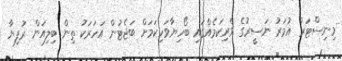
މިނިސްޓަރު އުމަރު ނަސީރުގެ ވެރިކަމެއްގައި ބޯހިޔާވަހިކަމަށް ބަޖެޓުން އަހަރަކު ތިން ބިލިއަން ރުފިޔާ